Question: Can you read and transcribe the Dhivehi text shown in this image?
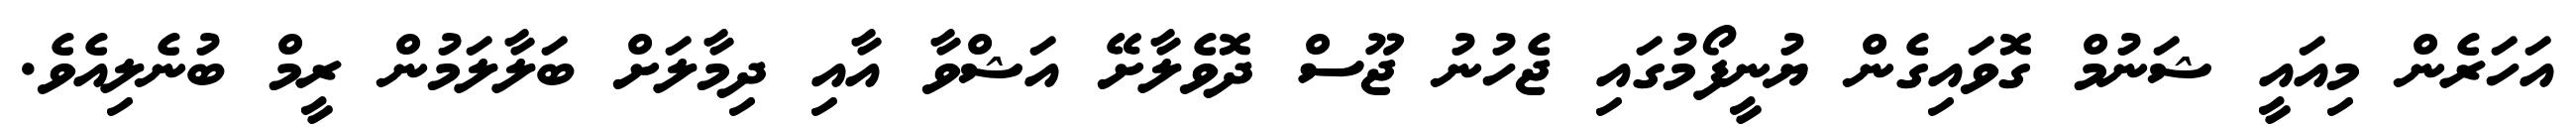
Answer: އަހަރެން މިއައީ ޝަނުމް ގޮވައިގެން ޔުނީފޯމުގައި ޖެހުނު ޖޫސް ދޮވެލާށޭ އަޝްވާ އާއި ދިމާލަށް ބަލާލަމުން ރީމް ބުނެލިއެވެ.